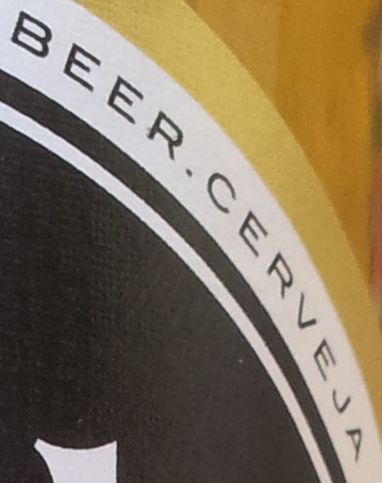
BEER.CERVEJA